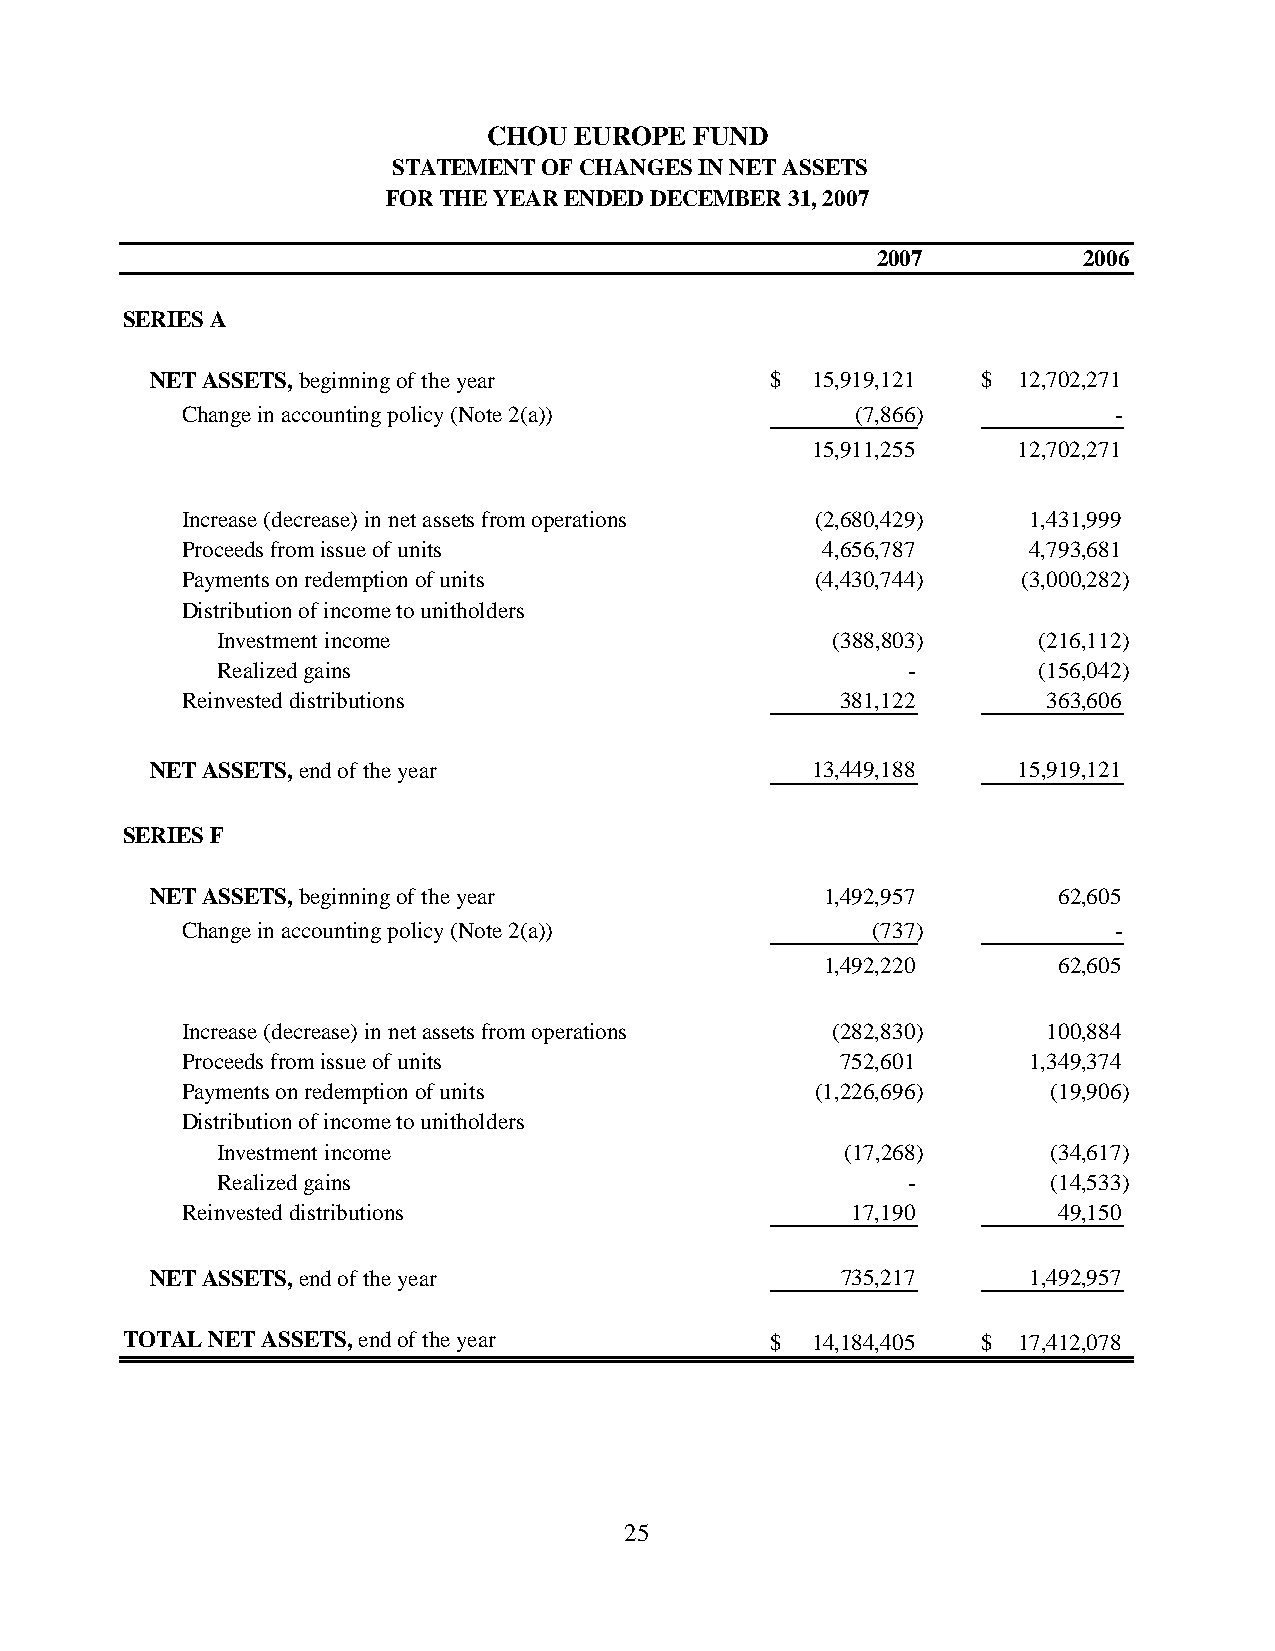
CHOU  EUROPE  FUND
 STATEMENT OF CHANGES IN NET ASSETS
 FOR THE YEAR ENDED DECEMBER 31, 2007
 2007          2006
 SERIES A
 NET ASSETS, beginning of the year        $  15,919,121 $ 12,702,271
 Change in accounting policy (Note 2(a))      (7,866)          -
 15,911,255   12,702,271
 Increase (decrease) in net assets from operations (2,680,429) 1,431,999
 Proceeds from issue of units               4,656,787    4,793,681
 Payments on redemption of units           (4,430,744)   (3,000,282)
 Distribution of income to unitholders
 Investment income                        (388,803)     (216,112)
 Realized gains                                -        (156,042)
 Reinvested distributions                    381,122      363,606
 NET ASSETS, end of the year                 13,449,188   15,919,121
 SERIES F
 NET ASSETS, beginning of the year            1,492,957      62,605
 Change in accounting policy (Note 2(a))       (737)           -
 1,492,220      62,605
 Increase (decrease) in net assets from operations (282,830) 100,884
 Proceeds from issue of units                752,601     1,349,374
 Payments on redemption of units           (1,226,696)     (19,906)
 Distribution of income to unitholders
 Investment income                         (17,268)      (34,617)
 Realized gains                                -         (14,533)
 Reinvested distributions                    17,190        49,150
 NET ASSETS, end of the year                   735,217     1,492,957
 TOTAL NET ASSETS, end of the year          $  14,184,405 $ 17,412,078
 25